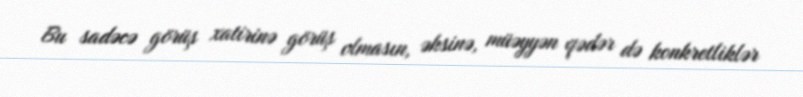
Bu sadəcə görüş xatirinə görüş olmasın, əksinə, müəyyən qədər də konkretliklər